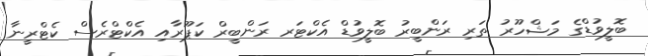
ބޮލީވުޑްގެ މަޝްހޫރު ތަރި ރަންބީރު ބޮލީވުޑް އެކްޓަރ ރަންބީރް ކަޕޫރާއި އެކްޓްރެސް ކެޓްރީނާ